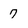
Character: 7